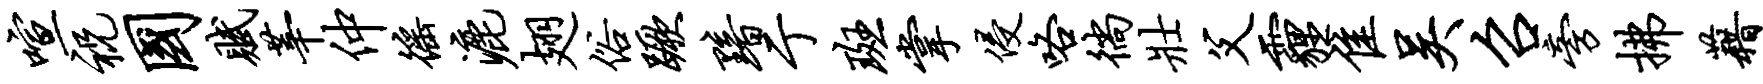
喧祝国赋莘仲徭漉翅俗蹶黯亍斑掌侵咯徜壮父霾隹吴召旁拂藉